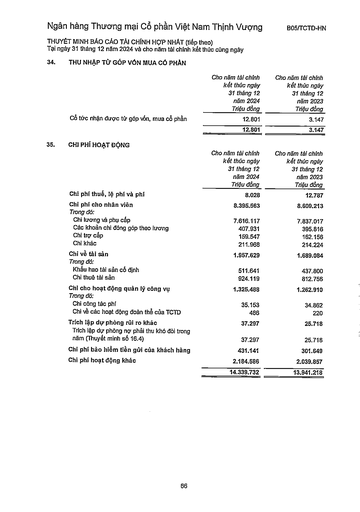
||Cho năm tài chính kết thúc ngày 31 tháng 12 năm 2024 Triệu đồng|Cho năm tài chính kết thúc ngày 31 tháng 12 năm 2023 Triệu đồng| |---|---|---| |Cổ tức nhận được từ góp vốn, mua cổ phần|12.801|3.147| ||12.801|3.147| ||Cho năm tài chính kết thúc ngày 31 tháng 12 năm 2024 Triệu đồng|Cho năm tài chính kết thúc ngày 31 tháng 12 năm 2023 Triệu đồng| |---|---|---| |Chi phí thuế, lệ phí và phí|8.028|12.787| |Chi phí cho nhân viên|8.395.563|8.609.213| |Trong đó:||| |Chi lương và phụ cấp|7.616.117|7.837.017| |Các khoản chi đóng góp theo lương|407.931|395.816| |Chi trợ cấp|159.547|162.156| |Chi khác|211.968|214.224| |Chi về tài sản|1.957.629|1.689.084| |Trong đó:||| |Khấu hao tài sản cố định|511.641|437.800| |Chi thuê tài sản|924.119|812.756| |Chi cho hoạt động quản lý công vụ|1.325.488|1.262.910| |Trong đó:||| |Chi công tác phí|35.153|34.862| |Chi về các hoạt động đoàn thể của TCTD|486|220| |Trích lập dự phòng rủi ro khác|37.297|25.718| |Trích lập dự phòng nợ phải thu khó đòi trong năm (Thuyết minh số 16.4)|37.297|25.718| |Chi phí bảo hiểm tiền gửi của khách hàng|431.141|301.649| |Chi phí hoạt động khác|2.184.586|2.039.857| ||14.339.732|13.941.218|